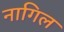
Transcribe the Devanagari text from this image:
नागिल